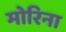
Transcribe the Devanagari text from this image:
मोरिना